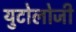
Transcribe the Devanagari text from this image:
युटोलोजी